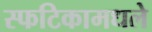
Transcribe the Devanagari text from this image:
स्फटिकामधले